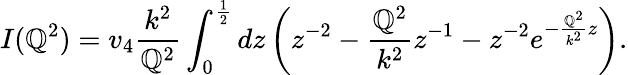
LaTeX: I(\mathbb{Q}^{2})=v_{4}\frac{{k^{2}}}{{\mathbb{Q}^{2}}}\int_{0}^{\frac{{1}}{{2}}}dz\left(z^{-2}-\frac{{\mathbb{Q}^{2}}}{{k^{2}}}z^{-1}-z^{-2}e^{-\frac{{\mathbb{Q}^{2}}}{{k^{2}}}z}\right).